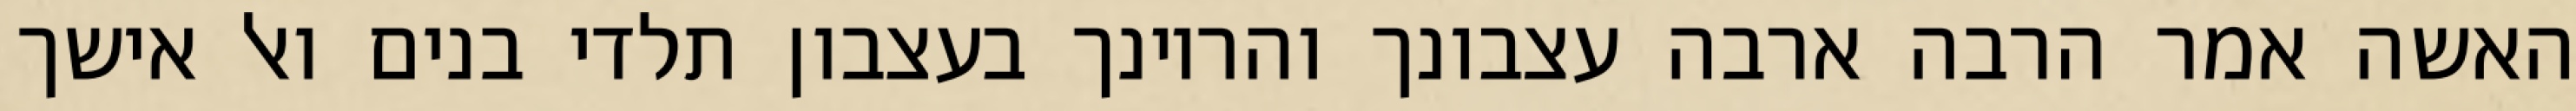
האשה אמר הרבה ארבה עצבונך והריונך בעצבון תלדי בנים ואל אישך